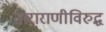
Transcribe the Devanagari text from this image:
ताराराणीविरुद्ध